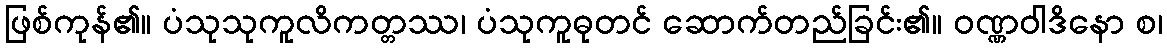
ဖြစ်ကုန်၏။ ပံသုသုကူလိကတ္တဿ၊ ပံသုကူဓုတင် ဆောက်တည်ခြင်း၏။ ဝဏ္ဏဝါဒိနော စ၊